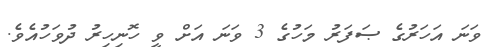
ވަނަ އަހަރުގެ ޞަފަރު މަހުގެ 3 ވަނަ އަށް ވީ ހޮނިހިރު ދުވަހުއެވެ.